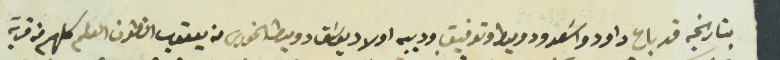
بتاريخه قد باع داود واسَعد ودوميط وتوفيق وديبه اولاد يوسَف دوميط الخورى من يعقوب انطون العلم كلهم من قرية